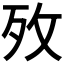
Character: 𭣤